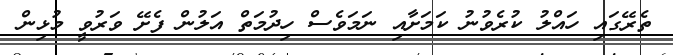
ތެރޭގައި ހައްލު ކުރެވުނު ކަމަށާއި ނަމަވެސް ހިދުމަތް އަލުން ފެށޭ ވަރުވީ މުޅިން